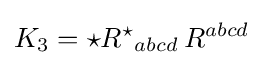
K_{3}={{\star }R^{\star }}_{abcd}\,R^{abcd}